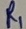
Text: R1